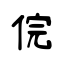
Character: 俒